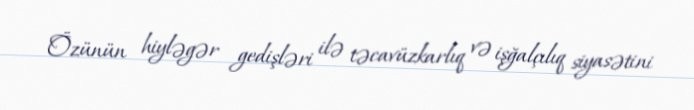
Özünün hiyləgər gedişləri ilə təcavüzkarlıq və işğalçılıq siyasətini